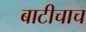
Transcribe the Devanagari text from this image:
बाटीचाच